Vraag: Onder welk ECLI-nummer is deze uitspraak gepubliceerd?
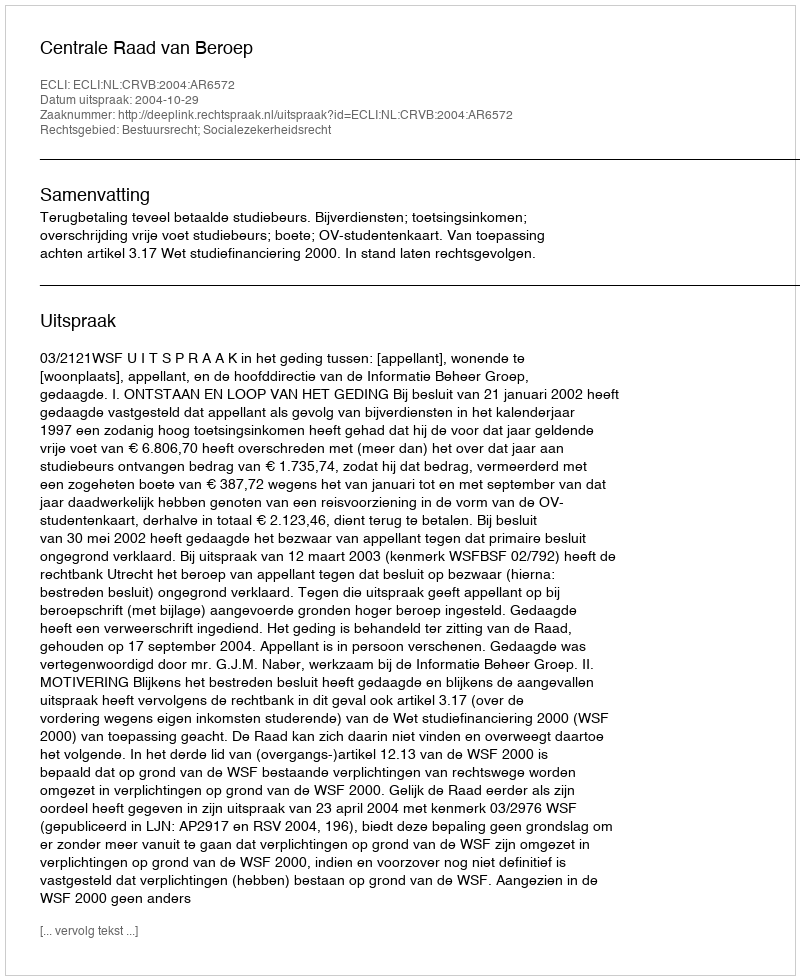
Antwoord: ECLI:NL:CRVB:2004:AR6572